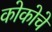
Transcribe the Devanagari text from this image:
कोकोचे